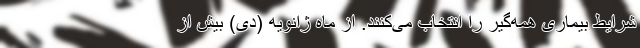
شرایط بیماری همه‌گیر را انتخاب می‌کنند. از ماه ژانویه (دی) بیش از